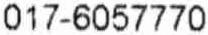
017-6057770